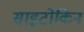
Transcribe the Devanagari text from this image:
साइटोकिन